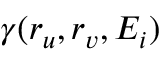
\gamma ( \boldsymbol { r } _ { u } , \boldsymbol { r } _ { v } , E _ { i } )